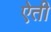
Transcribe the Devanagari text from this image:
ऐती